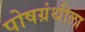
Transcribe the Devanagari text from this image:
पोषग्रंथीला